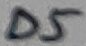
Text: D5